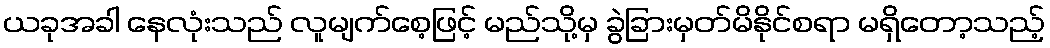
ယခုအခါ နေလုံးသည် လူမျက်စေ့ဖြင့် မည်သို့မှ ခွဲခြားမှတ်မိနိုင်စရာ မရှိတော့သည့်